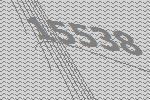
15538